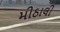
મીઠાલી